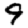
Digit: 9